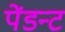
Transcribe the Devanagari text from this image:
पेंडन्ट